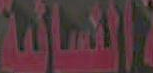
النسائية